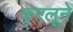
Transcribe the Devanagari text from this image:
कुएलूने